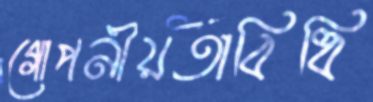
গোপনীয়তাবিধি